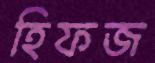
হিফজ